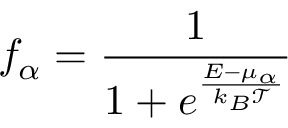
f _ { \alpha } = \frac { 1 } { 1 + e ^ { \frac { E - \mu _ { \alpha } } { k _ { B } \mathcal { T } } } }